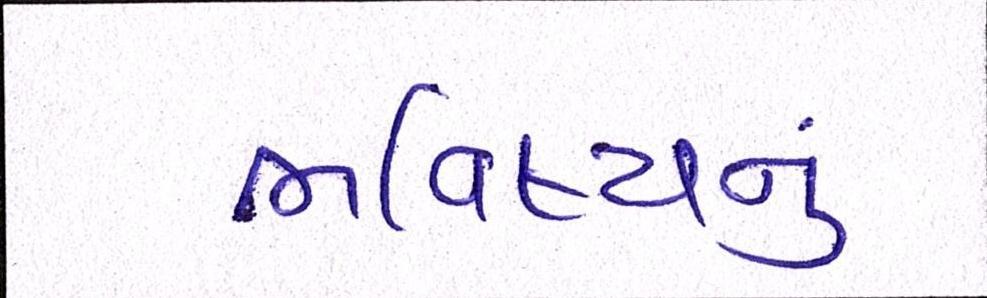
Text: ભવિષ્યનું